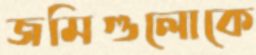
জমিগুলোকে